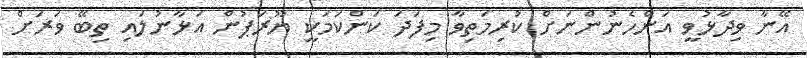
އޭނާ ވިދާޅުވީ އަންހެނުންނަށް ކުރިމަތިވާ މިފަދަ ކަންކަމަކީ ޔޫރަޕުން އަޅާނުލައި ތިބޭ ވަރަށް